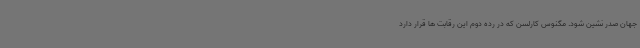
جهان صدر نشین شود. مگنوس کارلسن که در رده دوم این رقابت ها قرار دارد